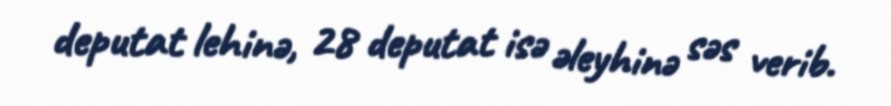
deputat lehinə, 28 deputat isə əleyhinə səs verib.